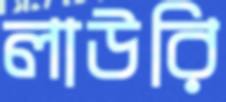
লাউরি